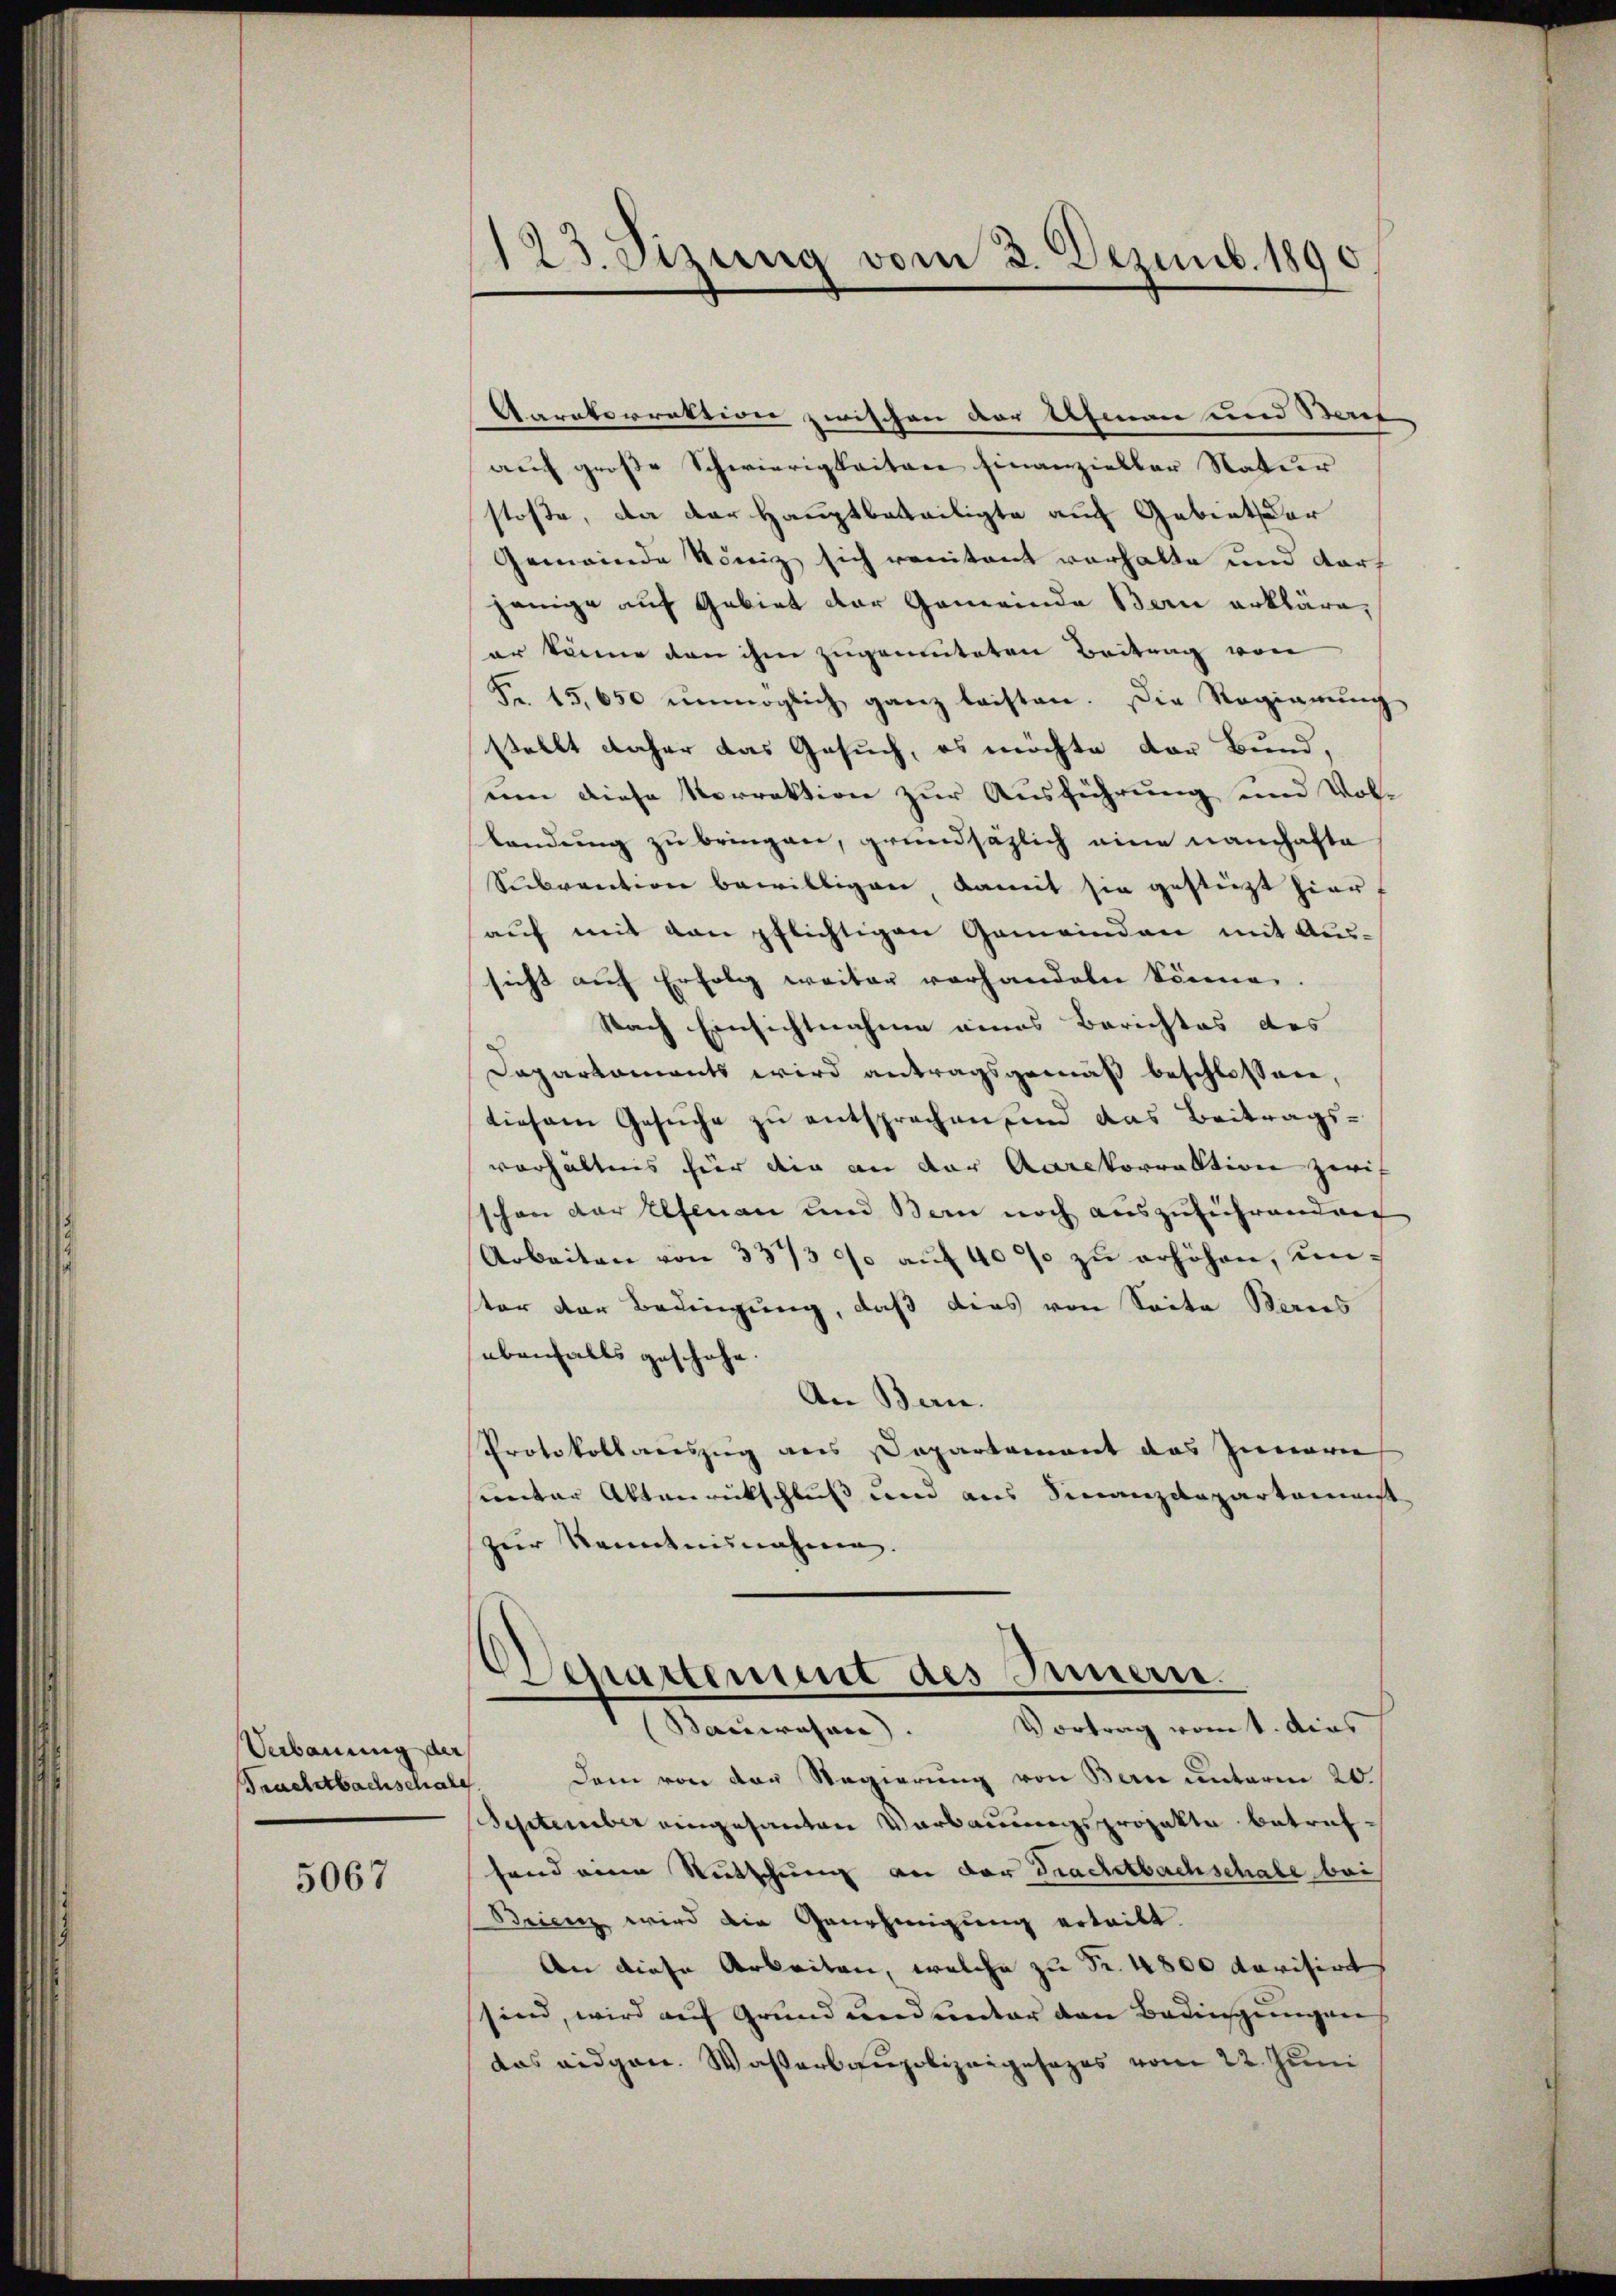
Verbauung der
Frachtbachschale

5067

123. Sizung vom 2. Dezemb. 1890

Aarakorrektion zwischen der Almann und Beruf
auf große Schwierigkeiten finanzieller Natur
stoße, da der Hauptbeteiligte auf Gebiet der
Gemeinde König sich renitant vorhalte und dart
jenige auf Gebiet der Gemeinde Bern erkläre,
er könne von ihm zugemuteten Beitrag von
Fr. 15,650 unmöglich ganz leisten. Die Regierung
stellt daher das Gesuch, es möchte der Bund,
uen diese Vorrektion zur Ausführung und Vollendung zu bringen, grundsätzlich eine namhafte
Subvention bewilligen damit sie gestützt hier
auf mit den pflichtigen Gemeinden mit Aus-
sicht auf Erfolg weiter vorhandeln könne.
Nach Einsichtnahme eines Berichtes des
Daparkoments wird antragsgemäß beschlossen,
tiesem Gesuche zu entsprechen, und das Beitrags-
verhältnis hier die an der Aarekorrektion zwis
schon der Elfenau und Bern noch auszuführend der
Arbeiten von 337/3 90 aŭf 400 zŭ erhöhen, unter der Bedingung, daß dies von Seite Baues
ebenfalls geschehe.
An Bern.
Protokollauszug aus Departement das Innere
sunter Aktenrückschluß und aus Finanzdepartamenst
zur Kenntnisnahme.
Departement des Innern.
Vortrag vom 1. dies
Bauwesen.
Dem von der Regierung von Bern unterm 20
September eingesanten Vorbauungsprojekte betreffend eine Rutschung an der Trachtbachschale bei
Brienz wird die Genehmigung ertritt.
An diese Arbeiten, welche zu Fr. 4800 darisirt
sind, wird auf Grund und unter den Bedingungen
das eidgen. Wasserbaupolizeigesages vom 22. Juni